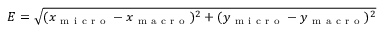
E = \sqrt { ( x _ { \mathrm { ~ m ~ i ~ c ~ r ~ o ~ } } - x _ { \mathrm { ~ m ~ a ~ c ~ r ~ o ~ } } ) ^ { 2 } + ( y _ { \mathrm { ~ m ~ i ~ c ~ r ~ o ~ } } - y _ { \mathrm { ~ m ~ a ~ c ~ r ~ o ~ } } ) ^ { 2 } }